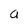
Character: a